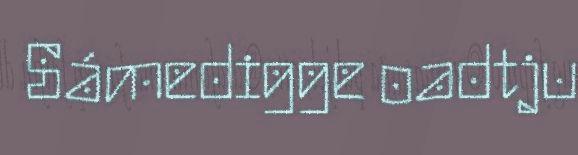
Sámedigge oadtju